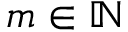
m \in \mathbb { N }